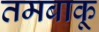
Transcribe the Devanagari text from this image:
तमबाकू